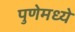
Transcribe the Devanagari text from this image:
पुणेमध्ये